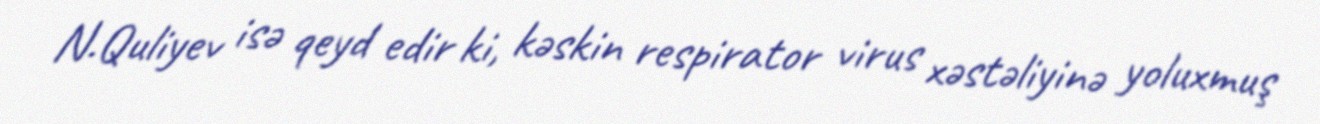
N.Quliyev isə qeyd edir ki, kəskin respirator virus xəstəliyinə yoluxmuş